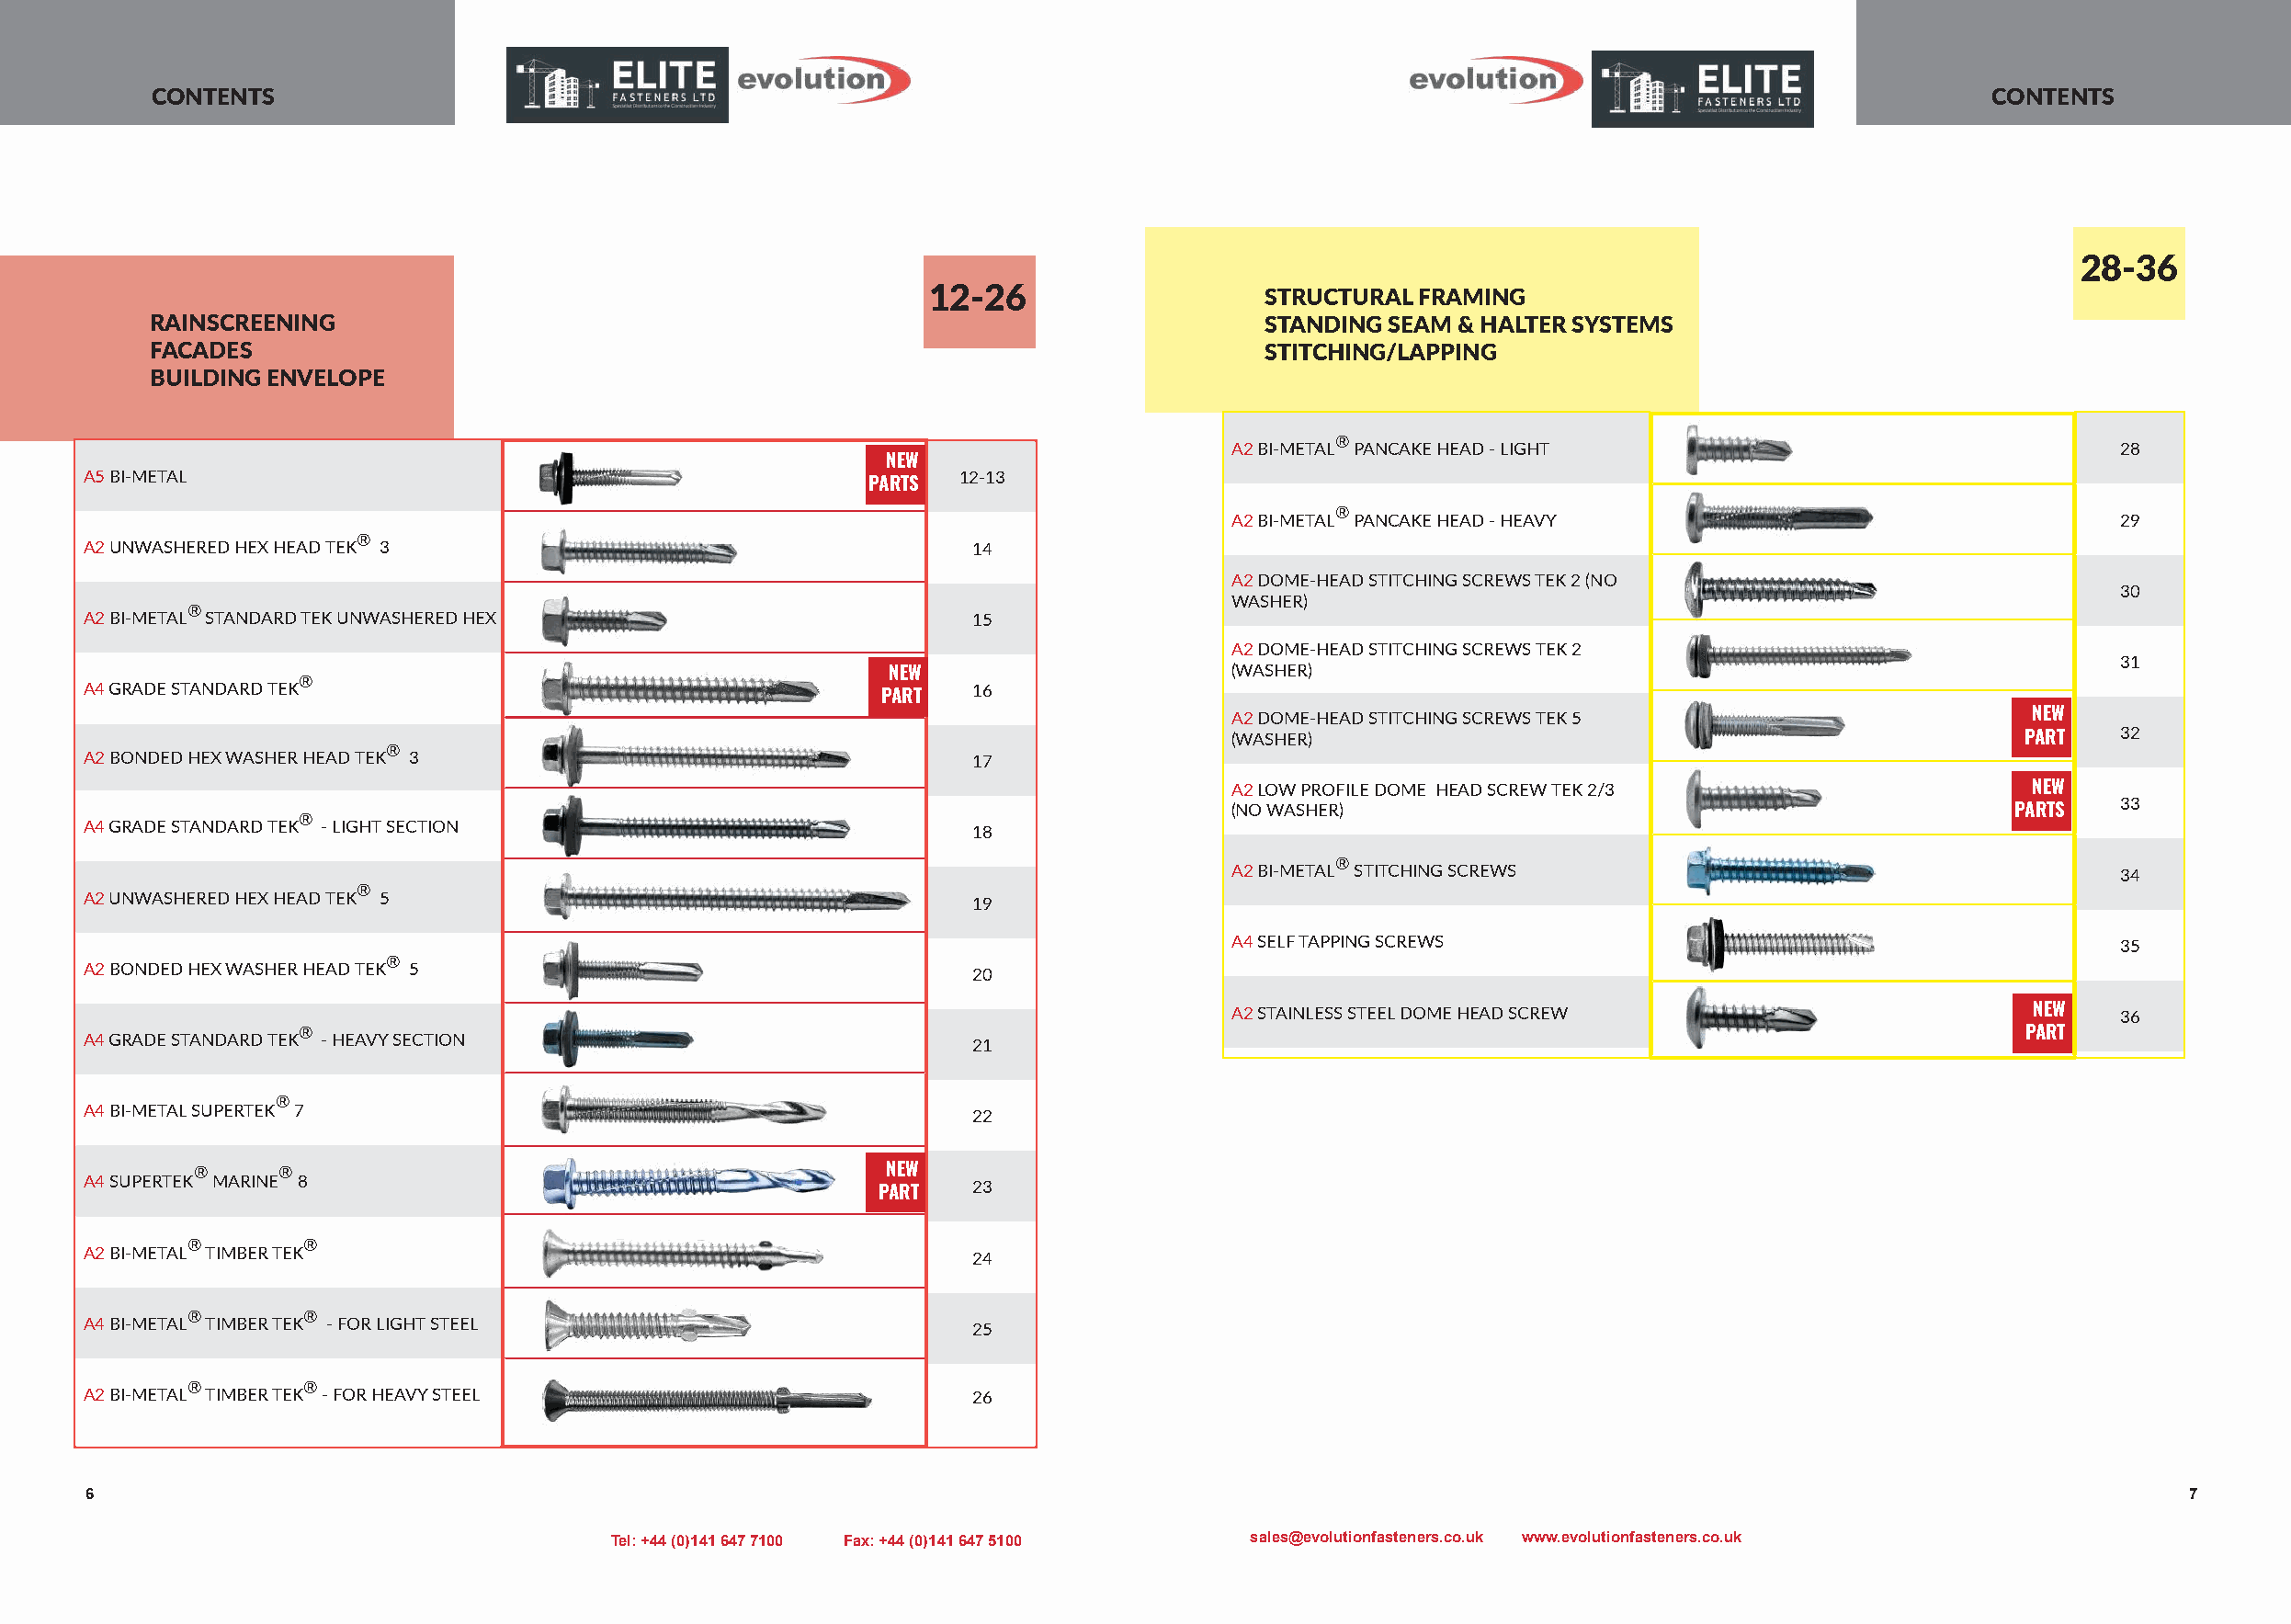
CONTENTS                                                                                                                            CONTENTS
 28-36
 12-26                   STRUCTURAL FRAMING
 RAINSCREENING                                                                   STANDING SEAM & HALTER SYSTEMS
 FACADES                                                                         STITCHING/LAPPING
 BUILDING ENVELOPE
 ®
 A2 BI-METAL PANCAKE HEAD - LIGHT                                28
 NEW
 A5 BI-METAL                                                    12-13
 PARTS
 ®
 A2 BI-METAL PANCAKE HEAD - HEAVY                                29
 ®
 A2 UNWASHERED HEX HEAD TEK 3                                    14
 A2 DOME-HEAD STITCHING SCREWS TEK 2 (NO
 30
 WASHER)
 ®
 A2 BI-METAL STANDARD TEK UNWASHERED HEX                         15
 A2 DOME-HEAD STITCHING SCREWS TEK 2
 31
 NEW                      (WASHER)
 ®
 A4 GRADE STANDARD TEK                                           16
 PART
 A2 DOME-HEAD STITCHING SCREWS TEK 5                      NEW
 (WASHER)                                                 PART   32
 ®
 A2 BONDED HEX WASHER HEAD TEK 3                                 17
 A2 LOW PROFILE DOME HEAD SCREW TEK 2/3                   NEW
 33
 (NO WASHER)                                             PARTS
 ®
 A4 GRADE STANDARD TEK - LIGHT SECTION                           18
 ®
 A2 BI-METAL STITCHING SCREWS                                    34
 ®
 A2 UNWASHERED HEX HEAD TEK 5                                    19
 A4 SELF TAPPING SCREWS                                          35
 ®
 A2 BONDED HEX WASHER HEAD TEK 5                                 20
 A2 STAINLESS STEEL DOME HEAD SCREW                       NEW    36
 ®                                                                                                                           PART
 A4 GRADE STANDARD TEK - HEAVY SECTION                           21
 ®
 A4 BI-METAL SUPERTEK 7                                          22
 ®     ®                                           NEW
 A4 SUPERTEK MARINE 8                                            23
 PART
 ®        ®
 A2 BI-METAL TIMBER TEK                                          24
 ®        ®
 A4 BI-METAL TIMBER TEK - FOR LIGHT STEEL                        25
 ®        ®
 A2 BI-METAL TIMBER TEK - FOR HEAVY STEEL                        26
 6                                                                                                                                                       7
 Tel: +44 (0)141 647 7100 Fax: +44 (0)141 647 5100 sales@evolutionfasteners.co.uk www.evolutionfasteners.co.uk